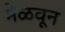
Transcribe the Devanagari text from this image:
मेळवून